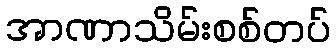
အာဏာသိမ်းစစ်တပ်